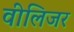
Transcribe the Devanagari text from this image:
वीलिजर